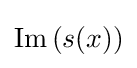
\operatorname {Im} {(s(x))}